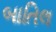
બાતિલ